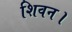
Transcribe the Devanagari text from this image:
शिवन।